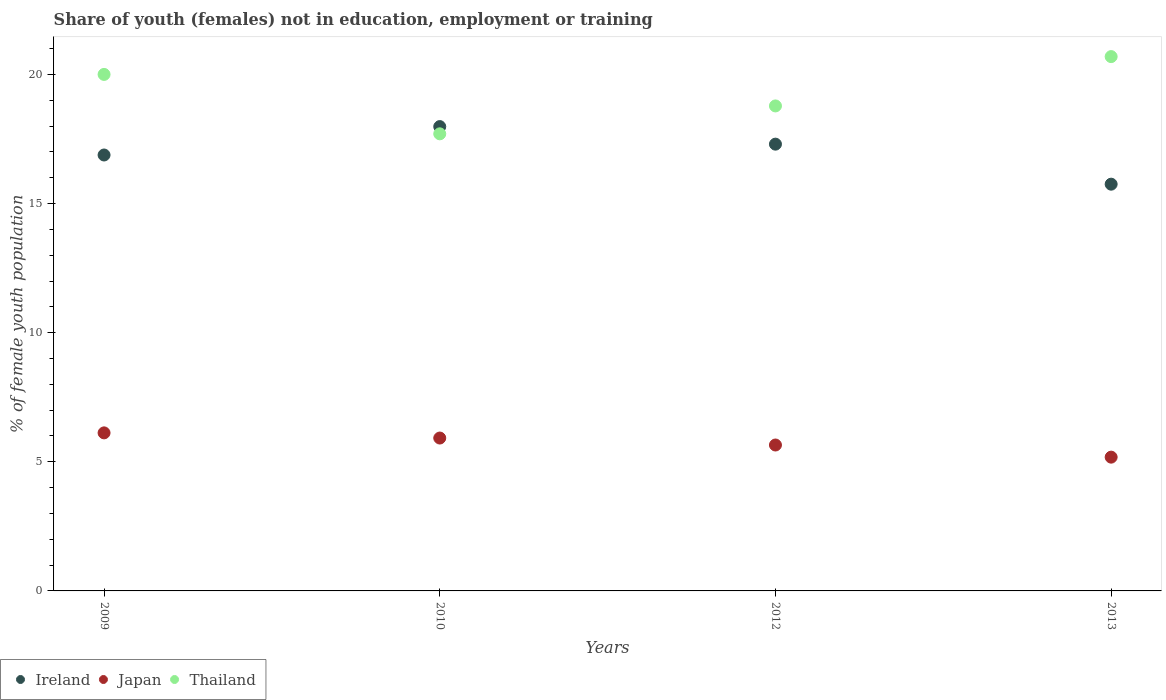
| Years | Ireland | Japan | Thailand |
 | --- | --- | --- | --- |
 | 2009 | 16.9 | 6.12 | 20 |
 | 2010 | 18 | 5.92 | 17.7 |
 | 2012 | 17.3 | 5.65 | 18.8 |
 | 2013 | 15.8 | 5.18 | 20.7 |